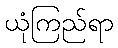
ယုံကြည်ရာ